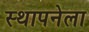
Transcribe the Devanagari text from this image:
स्‍थापनेला